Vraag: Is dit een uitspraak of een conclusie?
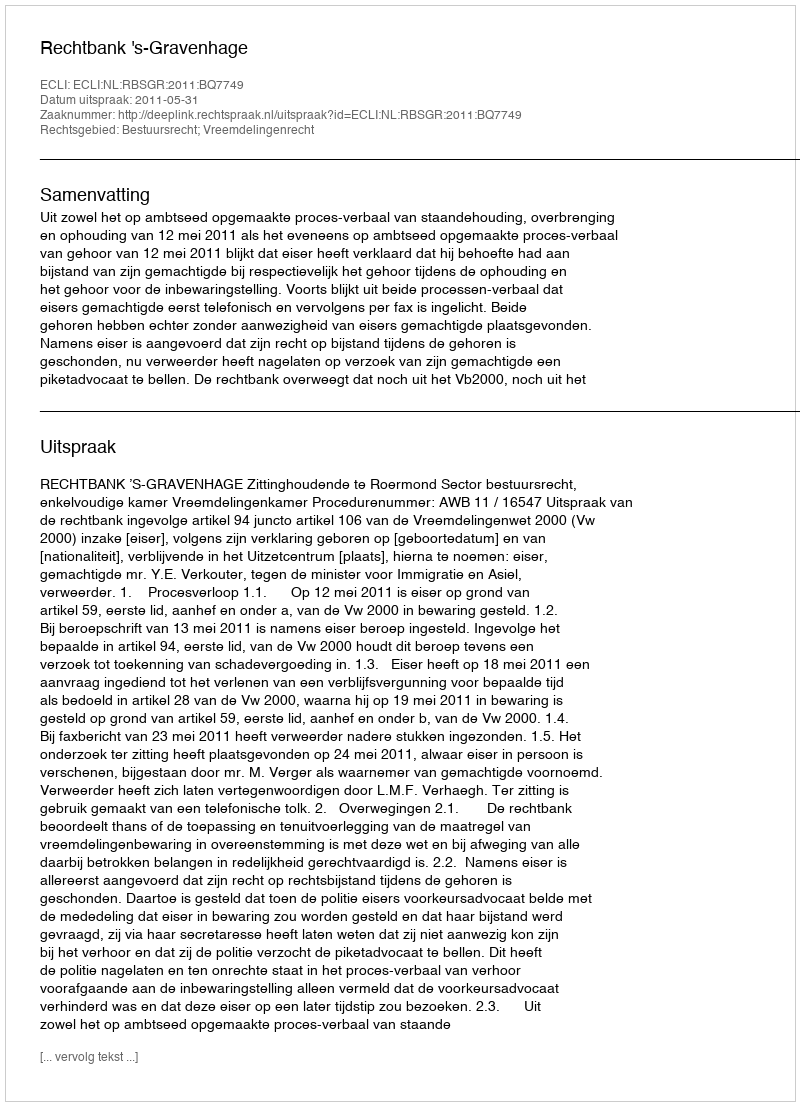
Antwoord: Uitspraak